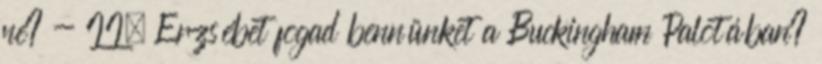
ne? - II. Erzsébet fogad bennünket a Buckingham Palotában?